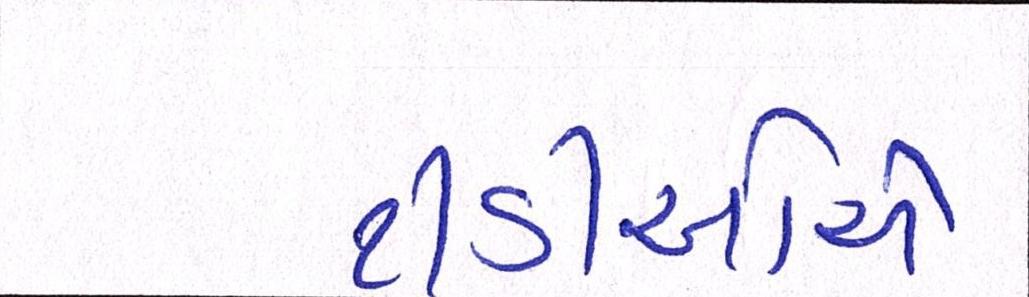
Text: ટીડીઓએ